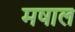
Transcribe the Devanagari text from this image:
मषाल